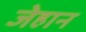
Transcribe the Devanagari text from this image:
जेहान